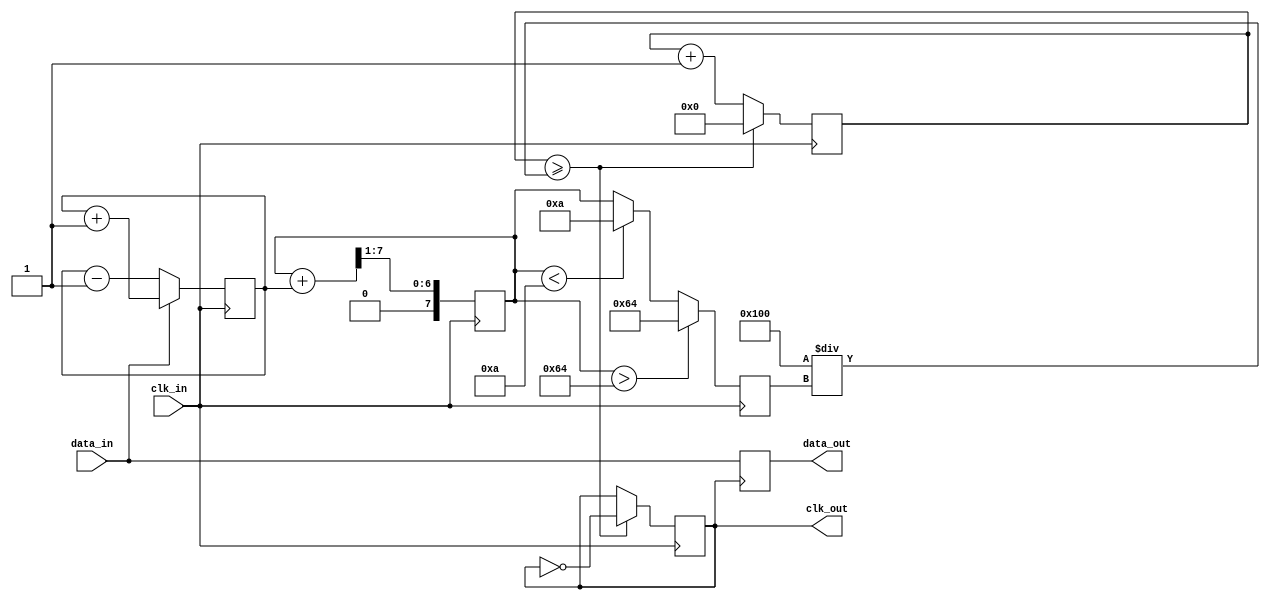
module ClockRecoveryPLL (
    input wire clk_in,        // Incoming data clock
    input wire data_in,       // Incoming data stream
    output reg clk_out,       // Recovered clock output
    output reg data_out       // Synchronized data output
);

    // Parameters
    parameter PHASE_ERR_WIDTH = 8;
    parameter FILTER_WIDTH = 8;
    parameter VCO_MAX_FREQ = 100; // Example max frequency
    parameter VCO_MIN_FREQ = 10;  // Example min frequency

    // Internal signals
    reg [PHASE_ERR_WIDTH-1:0] phase_error; // Phase error signal
    reg [FILTER_WIDTH-1:0] loop_filter;     // Output of the loop filter
    reg [7:0] vco_freq;                     // VCO frequency control
    reg [7:0] vco_counter;                  // VCO counter for clock generation
    reg [3:0] memory_block [0:15];          // Simple memory block for phase info

    // Phase Detector
    always @(posedge clk_in) begin
        if (data_in) begin
            // Phase error detection (simplified)
            phase_error <= phase_error + 1; // Increment phase error based on data_in
        end else begin
            phase_error <= phase_error - 1; // Decrement phase error based on data_in
        end
    end

    // Loop Filter - Simple moving average filter
    always @(posedge clk_in) begin
        loop_filter <= (loop_filter + phase_error) >> 1; // Simple averaging filter
    end

    // Voltage-Controlled Oscillator (VCO)
    always @(posedge clk_in) begin
        // Adjust VCO frequency based on loop filter output
        if (loop_filter > VCO_MAX_FREQ) begin
            vco_freq <= VCO_MAX_FREQ;
        end else if (loop_filter < VCO_MIN_FREQ) begin
            vco_freq <= VCO_MIN_FREQ;
        end else begin
            vco_freq <= loop_filter[7:0]; // Use lower 8 bits for frequency control
        end

        // Generate clock signal based on VCO frequency
        vco_counter <= vco_counter + 1;
        if (vco_counter >= (256 / vco_freq)) begin
            clk_out <= ~clk_out; // Toggle output clock
            vco_counter <= 0;
        end
    end

    // Memory Block to store phase information
    integer i;
    always @(posedge clk_in) begin
        // Shift phase information into memory
        for (i = 15; i > 0; i = i - 1) begin
            memory_block[i] <= memory_block[i-1];
        end
        memory_block[0] <= phase_error; // Store the current phase error
    end

    // Output synchronized data
    always @(posedge clk_out) begin
        data_out <= data_in; // Sample the data input on the recovered clock
    end

endmodule